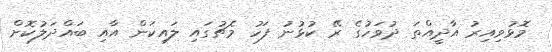
މޮޅުވިއިރު އާދީއްތަ ދުވަހުގެ ރޭ ކުޅުނު ފަހު މެޗުގައި ލައިކަން އާއި ބައްދަލުކޮށް